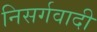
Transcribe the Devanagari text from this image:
निसर्गवादी